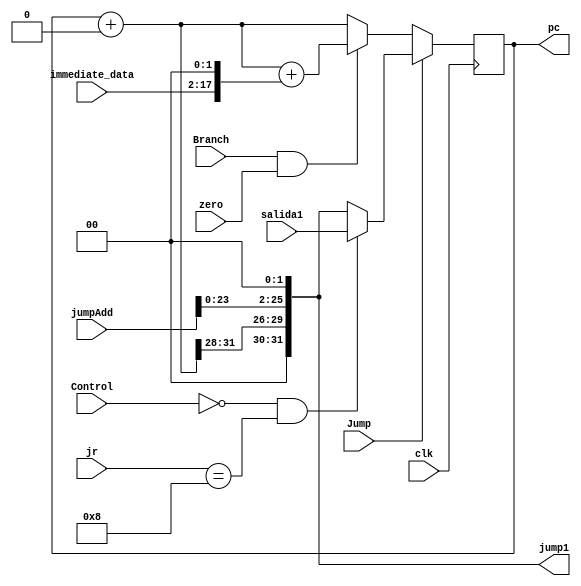
module pc_b(clk, zero, Branch, Jump, immediate_data, jumpAdd, pc, jump1, jr, Control, salida1);
input clk; 
input [3:0] jr;
input [5:0] Control;
input [31:0] salida1;
input [15:0] immediate_data;
input [25:0] jumpAdd;
input zero, Branch, Jump;
wire [31:0] pc_in, branch_add, branch1, jump2;
wire select_and;
reg [31:0] mux1, npc;
output reg [31:0] pc, jump1;

assign select_and = Branch & zero;
assign pc_in = pc + 32'b0; // porque mi instmem esta en hexadecimal y toda la instruccion esta en una sola linea.
assign branch1 = {16'b0,immediate_data};
assign branch_add = pc_in + (branch1 << 2);
assign jump2 = { pc_in[31:28], (jumpAdd << 2) };


initial begin
	pc = 32'b0;
end

always @(*)
begin
	if ( select_and == 1 ) begin
                mux1 = branch_add;
        end else begin
                mux1 = pc_in;
        end
end

always @(*)
begin	
	jump1 = jump2;
	if ( Jump == 1 ) begin
		if ( (Control == 6'b0) & ( jr == 4'b1000) ) begin
			npc = salida1;
		end else begin
			npc = jump1;
		end
	end else begin
		npc = mux1;
	end
end

always @ (posedge clk)
begin
	if ( clk == 0 ) begin
		pc = 0;
	end else begin
		pc = npc;
	end
end
endmodule
//probar pc